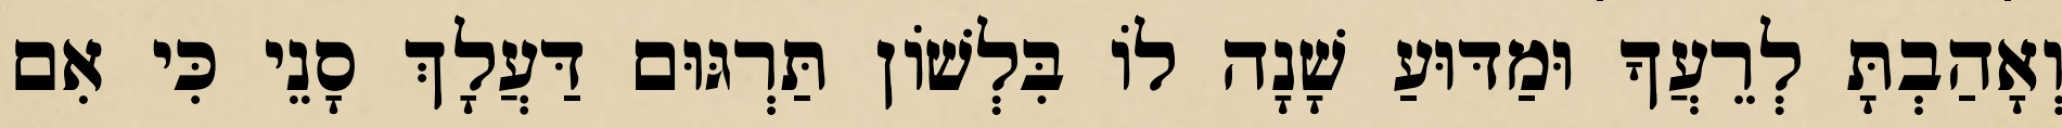
וְאָהַבְתָּ לְרֵעֲךָ וּמַדּוּעַ שָׁנָה לוֹ בִּלְשׁוֹן תַּרְגּוּם דַּעֲלָךְ סָנֵי כִּי אִם